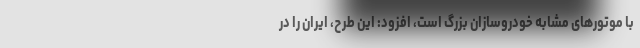
با موتورهای مشابه خودروسازان بزرگ است، افزود: این طرح، ایران را در